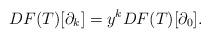
LaTeX: \begin{align*}DF(T)[\partial_k]=y^k DF(T)[\partial_0].\end{align*}